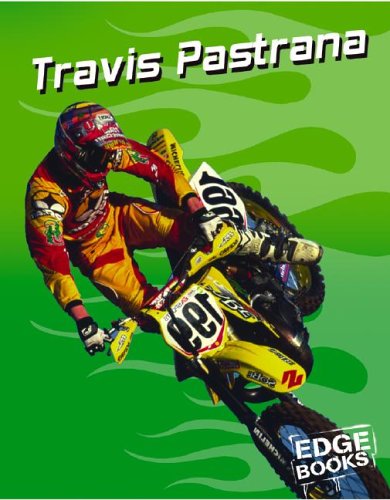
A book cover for Travis Pastrana: Motocross Legend (Dirt Bikes); Terri Sievert; Children's Books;